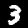
Label: 3